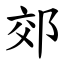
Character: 郊